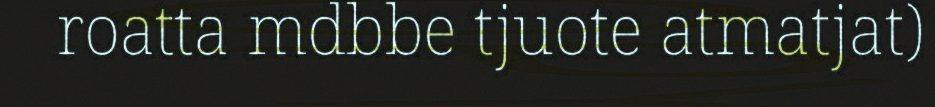
roatta mdbbe tjuote atmatjat)